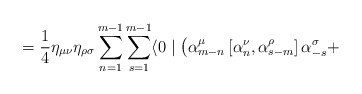
\begin{align*}\;\;\; = \frac {1} {4} {\eta}_{\mu \nu} {\eta}_{\rho \sigma}\sum\limits_{n=1}^{m-1} \sum\limits_{s=1}^{m-1} \langle 0 \mid \left({\alpha}_{m-n}^{\mu} \left[ {\alpha}_n^{\nu}, {\alpha}_{s-m}^{\rho}\right] {\alpha}_{-s}^{\sigma} + \right.\end{align*}